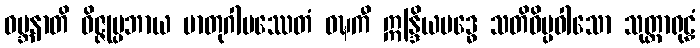
ဝမ္ဘနာတိ ဝိဇ္ဇုပ္ပဘာယ မာတုဂါမဿေတံ ဝဍ္ဎကီ ဣန္ဒြိယဗဒ္ဓေ သတိဝိပ္ပဝါသော သုတ္တာရုဠှံ